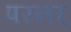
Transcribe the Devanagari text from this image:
परनर्